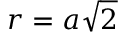
r = a \sqrt 2